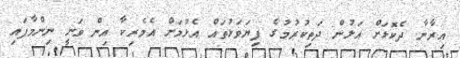
އިރާނާ ދެކޮޅަށް އަލުން ދަތިކުރުމުގެ ފިޔަވަޅުތައް އެޅުމަށް އެމެރިކާ އިން ވަނީ ނިންމާފައި